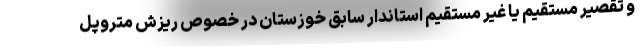
و تقصیر مستقیم یا غیر مستقیم استاندار سابق خوزستان در خصوص ریزش متروپل